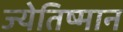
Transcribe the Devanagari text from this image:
ज्येतिष्मान